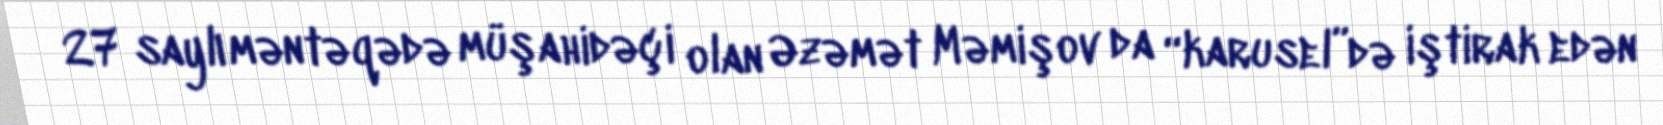
27 saylı məntəqədə müşahidəçi olan Əzəmət Məmişov da “karusel”də iştirak edən